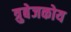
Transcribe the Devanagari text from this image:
त्रुबेजकोय